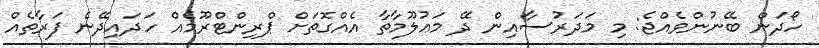
ހޯދަން ބޭނުންވެއްޖެ: މި މަދަރުސާއިން ދޭ މަޢުލޫމާތާ އެއްގޮތަށް ޕްރިންޓްރޫމެއް ހަދައިދޭނެ ފަރާތެއް